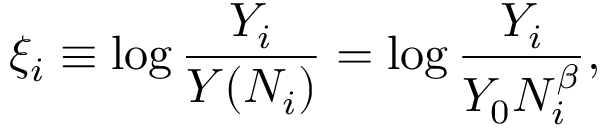
\xi _ { i } \equiv \log \frac { Y _ { i } } { Y ( N _ { i } ) } = \log \frac { Y _ { i } } { Y _ { 0 } N _ { i } ^ { \beta } } ,